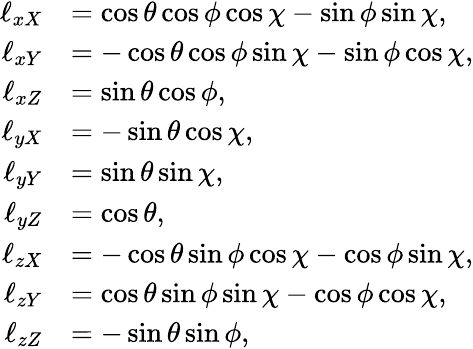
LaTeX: \begin{array}{rl}{\ell_{xX}}&{=\cos\theta\cos\phi\cos\chi-\sin\phi\sin\chi,}\\ {\ell_{xY}}&{=-\cos\theta\cos\phi\sin\chi-\sin\phi\cos\chi,}\\ {\ell_{xZ}}&{=\sin\theta\cos\phi,}\\ {\ell_{yX}}&{=-\sin\theta\cos\chi,}\\ {\ell_{yY}}&{=\sin\theta\sin\chi,}\\ {\ell_{yZ}}&{=\cos\theta,}\\ {\ell_{zX}}&{=-\cos\theta\sin\phi\cos\chi-\cos\phi\sin\chi,}\\ {\ell_{zY}}&{=\cos\theta\sin\phi\sin\chi-\cos\phi\cos\chi,}\\ {\ell_{zZ}}&{=-\sin\theta\sin\phi,}\end{array}